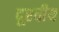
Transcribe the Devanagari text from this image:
दूरवीय